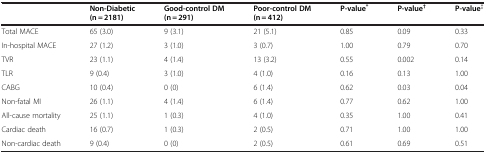
|  | Non-Diabetic (n = 2181) | Good-control DM (n = 291) | Poor-control DM (n = 412) | P-value* | P-value† | P-value‡ |
 | --- | --- | --- | --- | --- | --- | --- |
 | Total MACE | 65 (3.0) | 9 (3.1) | 21 (5.1) | 0.85 | 0.09 | 0.33 |
 | In-hospital MACE | 27 (1.2) | 3 (1.0) | 3 (0.7) | 1.00 | 0.79 | 0.70 |
 | TVR | 23 (1.1) | 4 (1.4) | 13 (3.2) | 0.55 | 0.002 | 0.14 |
 | TLR | 9 (0.4) | 3 (1.0) | 4 (1.0) | 0.16 | 0.13 | 1.00 |
 | CABG | 10 (0.4) | 0 (0) | 6 (1.4) | 0.62 | 0.03 | 0.04 |
 | Non-fatal MI | 26 (1.1) | 4 (1.4) | 6 (1.4) | 0.77 | 0.62 | 1.00 |
 | All-cause mortality | 25 (1.1) | 1 (0.3) | 4 (1.0) | 0.35 | 1.00 | 0.41 |
 | Cardiac death | 16 (0.7) | 1 (0.3) | 2 (0.5) | 0.71 | 1.00 | 1.00 |
 | Non-cardiac death | 9 (0.4) | 0 (0) | 2 (0.5) | 0.61 | 0.69 | 0.51 |